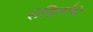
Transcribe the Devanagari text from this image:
रोहितांचे